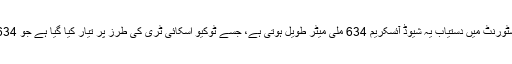
ہیاکوشو ادون ریسٹورنٹ میں دستیاب یہ شیوڈ آئسکریم 634 ملی میٹر طویل ہوتی ہے، جسے ٹوکیو اسکائی ٹری کی طرز پر تیار کیا گیا ہے جو 634 میٹر طویل ہے۔